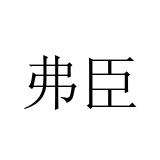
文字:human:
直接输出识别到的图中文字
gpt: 弗臣